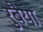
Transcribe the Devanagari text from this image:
रुबैया